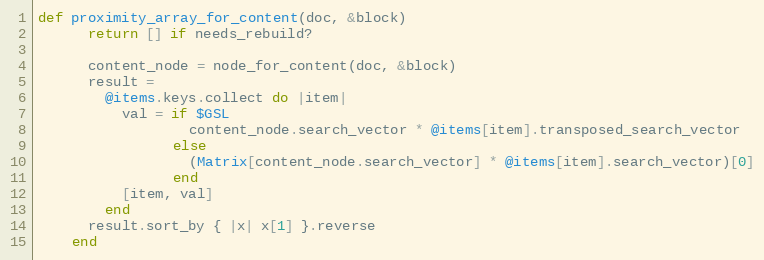
Language: Ruby
def proximity_array_for_content(doc, &block)
      return [] if needs_rebuild?

      content_node = node_for_content(doc, &block)
      result =
        @items.keys.collect do |item|
          val = if $GSL
                  content_node.search_vector * @items[item].transposed_search_vector
                else
                  (Matrix[content_node.search_vector] * @items[item].search_vector)[0]
                end
          [item, val]
        end
      result.sort_by { |x| x[1] }.reverse
    end